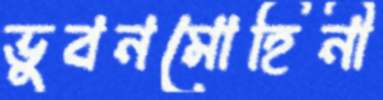
ভুবনমোহিনী